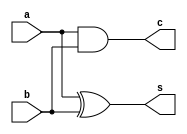
module half_adder_data1(s,c,a,b);
input a,b;
output s,c;
assign s=a^b;
assign c=a&b;
endmodule